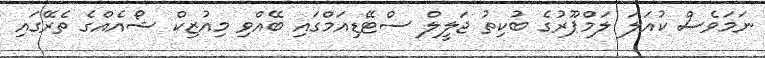
ނަމަވެސް ކުއަލަ ލަމްޕޫރުގެ ބުކިތު ޖަލީލް ސްޓޭޑިއަމްގައި ބޭއްވި މިއުޒިކް ޝޯއެއްގެ ތެރޭގައި